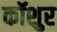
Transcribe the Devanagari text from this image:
कॉशुर